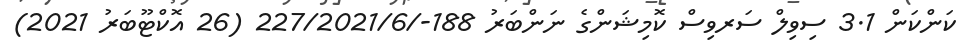
ކަންކަން 3.1 ސިވިލް ސަރވިސް ކޮމިޝަންގެ ނަންބަރު 188-/227/2021/6 (26 އޮކްޓޫބަރު 2021)